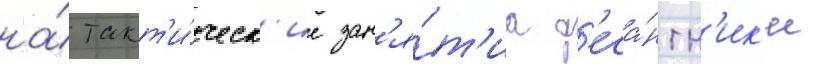
на́ такт'и́ческ'ие зан'я́т'иа д'еса́нтн'ик'и